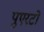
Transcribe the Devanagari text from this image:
पुएरटो